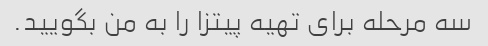
سه مرحله برای تهیه پیتزا را به من بگویید.